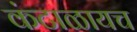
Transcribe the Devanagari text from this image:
कंटाळायच